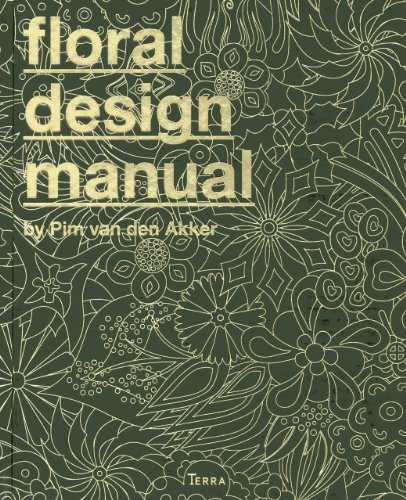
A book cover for The Floral Design Manual: Materials & Techniques; Pim van den Akker; Crafts, Hobbies & Home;